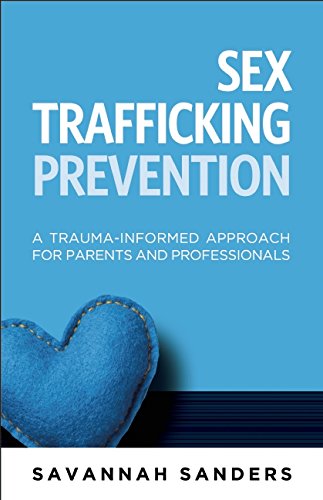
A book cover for Sex Trafficking Prevention: A Trauma-Informed Approach for Parents and Professionals; Savannah J. Sanders; Health, Fitness & Dieting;